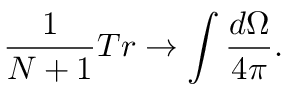
\frac { 1 } { N + 1 } T r \rightarrow \int \frac { d \Omega } { 4 \pi } .